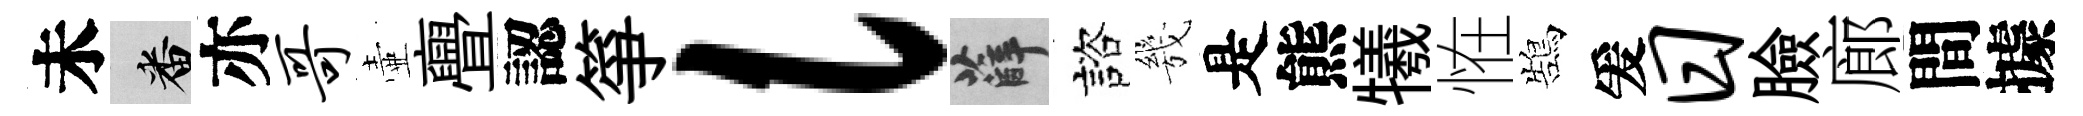
未番亦哥壷亹認箏l薛諮㡬是熊犧恠鵠爰日臉廊間據